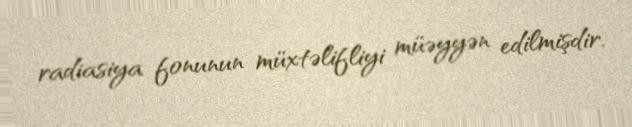
radiasiya fonunun müxtəlifliyi müəyyən edilmişdir.